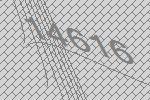
14616